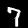
Digit: 7